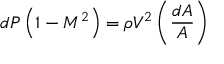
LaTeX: d P \left( 1 - M ^ { 2 } \right) = \rho V ^ { 2 } \left( { \frac { d A } { A } } \right)